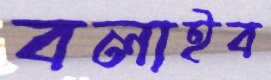
বলাইব